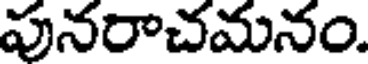
పునరాచమనం.